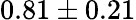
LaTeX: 0.81\pm 0.21